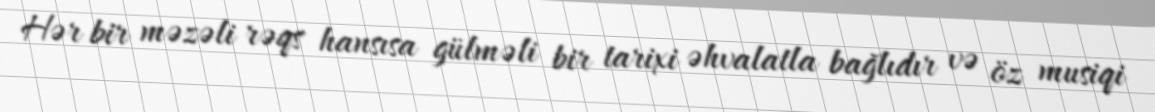
Hər bir məzəli rəqs hansısa gülməli bir tarixi əhvalatla bağlıdır və öz musiqi